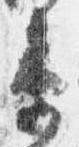
衛